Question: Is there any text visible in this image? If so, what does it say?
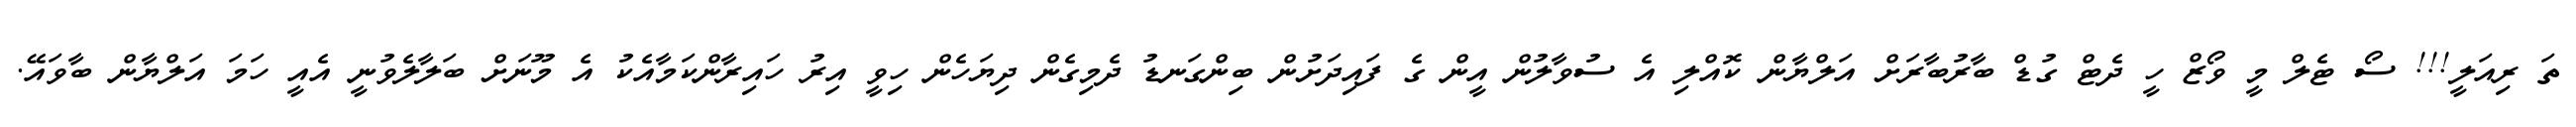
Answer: ތަ ރިއަލީ!!! ސޯ ޓެލް މީ ވޯޒް ހީ ދެޓް ގުޑް ބާރުބާރަށް އަލްޔާން ކޮއްލި އެ ސުވާލުން އީން ގެ ފައިދަށުން ބިންގަނޑު ދެމިގެން ދިޔަހެން ހިވީ އިރު ހައިރާންކަމާއެކު އެ މޫނަށް ބަލާލެވުނީ އެއީ ހަމަ އަލްޔާން ބާވައޭ.